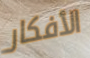
الأفكار